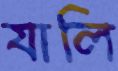
যালি